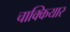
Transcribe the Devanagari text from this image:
चाक्कियार